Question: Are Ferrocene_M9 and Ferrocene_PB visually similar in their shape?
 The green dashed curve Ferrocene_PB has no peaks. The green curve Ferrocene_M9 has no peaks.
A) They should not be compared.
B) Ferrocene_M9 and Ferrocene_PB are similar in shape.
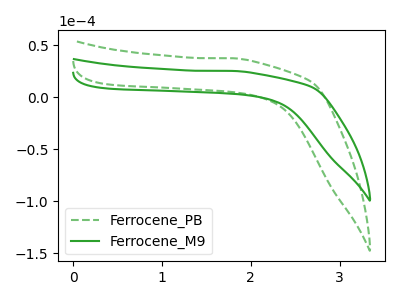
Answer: <think>Neither "Ferrocene_M9" or "Ferrocene_PB" have any peaks.
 </think>
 <answer>B) "Ferrocene_M9" and "Ferrocene_PB" are similar in shape.</answer>
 <eval>B</eval>